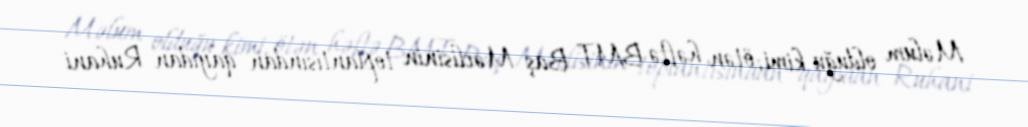
Məlum olduğu kimi, ötən həftə BMT Baş Məclisinin toplantısından qayıdan Ruhani